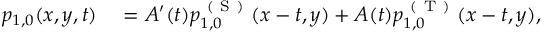
\begin{array} { r l } { p _ { 1 , 0 } ( x , y , t ) } & { { } = A ^ { \prime } ( t ) p _ { 1 , 0 } ^ { \mathrm { ~ ( ~ S ~ ) ~ } } ( x - t , y ) + A ( t ) p _ { 1 , 0 } ^ { \mathrm { ~ ( ~ T ~ ) ~ } } ( x - t , y ) , } \end{array}